Report on vaccination in Madras 1904-1921 - 1904-1921
Year: 1904
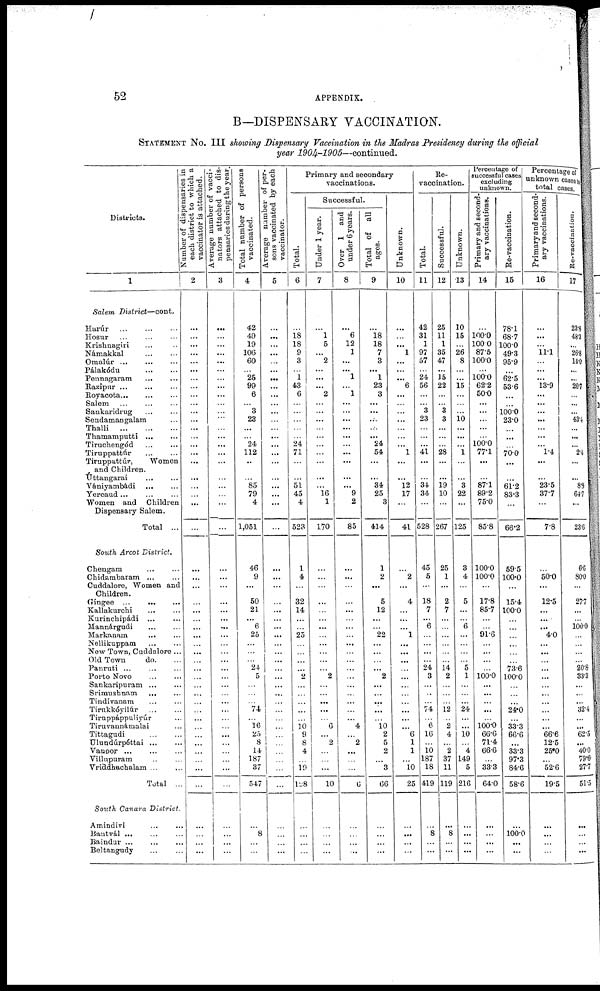
52
APPENDIX.
B—DISPENSARY
VACCINATION.
STATEMENT NO. I I I showing
Dispensary
Vaccination
in the Madras
Presidency
during
the
official
year
1904-1905—continued.
Districts.
1
Salem
District—cont.
Harúr
...
...
...
Hosur
...
...
...
Krishnagiri ... ...
Námakkal ... ...
Omalúr
...
...
...
Palakódu
...
...
Pennagaram
...
...
Razipur
...
...
...
Royacota ... ... ...
Salem ... ... ...
Sankaridrug ... ...
Sendamangalam ...
Thalli
...
...
...
Thamamputti ... ...
Tiruchengód
...
...
Tiruppattúr
...
...
Tituppattúr,
Women
and Children.
Úttangarai
...
...
Vániyambádi
... ...
Yercaud
...
...
...
Women
a n d Children
Dispensary Salem.
Total ...
South
Arcot
District.
Chengam
... ...
Chidambaram
...
...
Cuddalore, Women and
Children.
Gingee
...
...
...
Kallakurchi ... ...
Kurinchipádi
... ...
Mannárgudi ... ...
Markanam
... ... ...
Nellikuppam ... ...
New Town, Cuddalore ...
Old Town
d o . ...
Panruti ... ... ...
Porto Novo
...
...
Sankaripuram ... ...
Srimushnam
... ...
Tindivanam ... ...
Tirukkóyilúr ... ...
Tiruppáppuliyúr ...
Tiruvannámalai
Tittagudi ... ...
Uluudúrpéttai
...
...
Vanoor
...
...
...
Villupuram ... ...
Vriddhachalam
...
...
Total ...
South
Canara
District.
Amindivi ... ...
Bantvál ... ... ...
Baindur ... ... ...
Beltangudy ... ...
Number of dispensaries in
each district to which a
vaccinator
is
attached.
2
...
...
...
...
...
...
...
...
...
...
...
...
...
...
...
...
...
...
...
...
...
...
...
...
...
...
...
...
...
...
...
...
...
...
...
...
...
...
...
...
...
...
...
...
...
...
...
...
...
...
...
Average number of vacci-
nators attached to dis¬
pensaries daring the year.
3
...
...
...
...
...
...
...
...
...
...
...
...
...
...
...
...
...
...
...
...
...
...
...
...
...
...
...
...
...
...
...
...
...
...
...
...
...
...
...
...
...
...
...
...
...
...
...
...
...
...
...
Total number of persons
vaccinated.
4
42
49
19
106
60
...
25
99
6
...
3
23
...
...
24
112
...
...
85
79
4
1,051
46
9
...
50
21
...
6
25
...
...
...
24
5
...
...
...
74
...
16
25
8
14
187
37
547
...
8
...
...
Average number of per¬
sons vaccinated by each
vaccinator.
5
...
...
...
...
...
...
...
...
...
...
...
...
...
...
...
...
...
...
...
...
...
...
...
...
...
...
...
...
...
...
...
...
...
...
...
...
...
...
...
...
...
...
...
...
...
...
...
...
...
...
...
Primary and secondary
vaccinations.
Total.
6
...
18
18
9
3
...
1
43
6
...
...
...
...
...
24
71
...
...
51
45
4
523
1
4
...
32
14
...
...
25
...
...
...
...
2
...
...
...
...
...
16
9
8
4
...
19
128
...
...
...
...
Successful.
Under 1 year.
7
...
l
5
...
2
...
...
...
2
...
...
...
...
...
...
...
...
...
...
16
1
170
...
...
...
...
...
...
...
...
...
...
...
...
2
...
...
...
...
...
6
...
2
...
...
...
10
...
...
...
...
Over
1
and
under 6 years.
8
...
6
12
1
...
...
1
...
1
...
...
...
...
...
...
...
...
...
...
9
2
85
...
...
...
...
...
...
...
...
...
...
...
...
...
...
...
...
...
...
4
...
2
...
...
...
6
...
...
...
...
Total of
all
ages.
9
...
18
18
7
3
...
1
23
3
...
...
...
...
...
24
54
...
...
34
25
3
414
1
2
...
5
12
...
...
22
...
...
...
...
2
...
...
...
...
...
10
2
5
2
...
3
66
...
...
...
...
Unknown.
10
...
...
...
1
...
...
...
6
...
...
...
...
...
...
...
1
...
...
12
17
...
41
...
2
...
4
...
...
...
1
...
...
...
...
...
...
...
...
...
...
...
6
1
1
...
10
25
...
...
...
...
Re¬
vaccination.
Total.
11
42
31
1
97
57
...
24
56
...
...
3
23
...
...
...
41
...
...
34
34
...
528
45
5
...
18
7
...
6
...
...
...
...
24
3
...
...
...
74
...
6
16
...
10
187
18
419
...
8
...
...
Successful.
12
25
11
1
35
47
...
15
22
...
...
3
3
...
...
...
28
...
...
19
10
...
267
25
1
...
2
7
...
...
...
...
...
...
14
2
...
...
...
12
...
2
4
...
2
37
11
119
...
8
...
...
Unknown.
13
10
15
...
26
8
...
...
15
...
...
...
10
...
...
...
1
...
...
3
22
...
125
3
4
...
5
...
...
6
...
...
...
...
5
1
...
...
...
24
...
...
10
...
4
149
5
216
...
...
...
...
Percentage of
successful cases
excluding
unknown.
Primary and second¬
ary vaccinations.
14
...
100.0
100.0
87.5
100.0
...
100.0
62.2
50.0
...
...
...
...
...
100.0
77.1
...
...
87.1
89.2
75.0
85.8
100.0
100.0
...
17.8
85.7
...
...
91.6
...
...
...
...
100.0
...
...
...
...
...
100.0
66.6
71.4
66.6
...
33.3
64.0
...
...
...
...
Re-vaccination.
15
78.1
68.7
100.0
49.3
95.9
...
62.5
53.6
...
...
100.0
23.0
...
...
...
70.0
...
...
61.2
83.3
...
66.2
59.5
100.0
...
15.4
100.0
...
...
...
...
...
...
73.6
100.0
...
...
...
24.0
...
33.3
66.6
...
33.3
97.3
84.6
58.6
...
100.0
...
...
Percentage of
unknown cases to
total cases.
Primary and second-
ary vaccinations.
16
...
...
11.1
...
...
...
13.9
...
...
...
...
...
...
...
1.4
...
...
23.5
37.7
...
7.8
...
50.0
...
12.5
...
...
...
4.0
...
...
...
...
...
...
...
...
...
...
...
66.6
12.5
25.0
...
52.6
19.5
...
...
...
...
Re-vaccination.
17
23.8
48.3
...
26.8
14.0
...
...
26.7
...
...
...
43.4
...
...
...
2.4
...
...
8.8
64.7
...
23.6
6.6
80.0
...
27.7
...
100.0
...
...
...
...
20.8
33.3
...
...
...
32.4
...
...
62.5
...
40.0
79.6
27.7
51.5
...
...
...
...